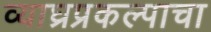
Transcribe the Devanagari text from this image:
व्याघ्रप्रकल्पाचा